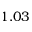
1 . 0 3